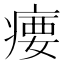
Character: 𪽳